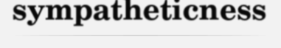
sympatheticness